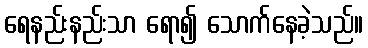
ရေနည်းနည်းသာ ရော၍ သောက်နေခဲ့သည်။